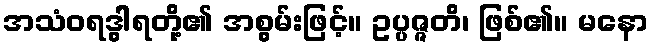
အသံဝရဒွါရတို့၏ အစွမ်းဖြင့်။ ဥပ္ပဇ္ဇတိ၊ ဖြစ်၏။ မနော